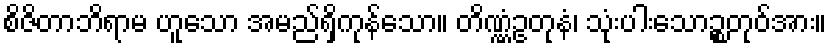
စိဇိတာဘိရာမ ဟူသော အမည်ရှိကုန်သော။ တိဏ္ဏံဥတုနံ၊ သုံးပါးသောဉ္စတုဝ်အား။